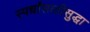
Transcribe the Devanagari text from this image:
स्पर्धांसाठीसुद्धा